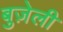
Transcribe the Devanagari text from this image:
बुज़ेली